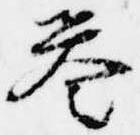
誉